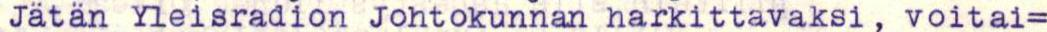
Jätän Yleisradion Johtokunnan harkittavaksi, voitai=